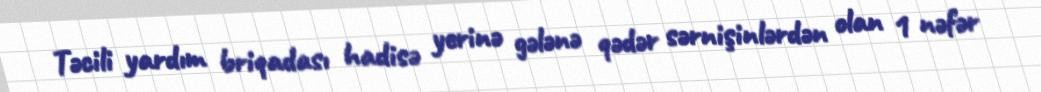
Təcili yardım briqadası hadisə yerinə gələnə qədər sərnişinlərdən olan 1 nəfər